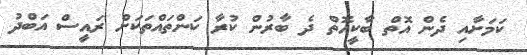
ކަމަށާއި ދެން އޮތް ބާކީއޮތް ދެ ބާރުން ކުރާ ކަންތައްތަކަށް ރައީސް އަބްދު